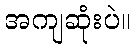
အကျဆုံးပဲ။